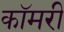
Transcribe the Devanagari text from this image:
कॉमरी